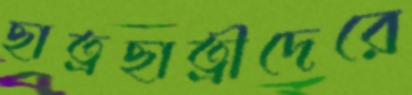
ছাত্রছাত্রীদেরে